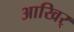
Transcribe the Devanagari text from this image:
आखिर्